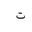
Letter: _ta